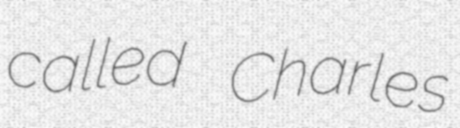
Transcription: called Charles